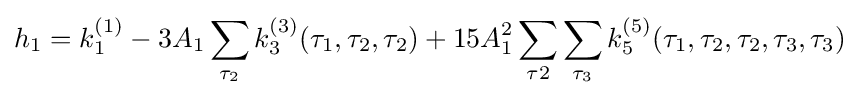
h_{1}=k_{1}^{(1)}-3A_{1}\sum _{\tau _{2}}k_{3}^{(3)}(\tau _{1},\tau _{2},\tau _{2})+15A_{1}^{2}\sum _{\tau 2}\sum _{\tau _{3}}k_{5}^{(5)}(\tau _{1},\tau _{2},\tau _{2},\tau _{3},\tau _{3})